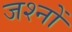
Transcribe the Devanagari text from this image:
जश्नों